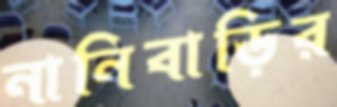
নানিবাড়ির